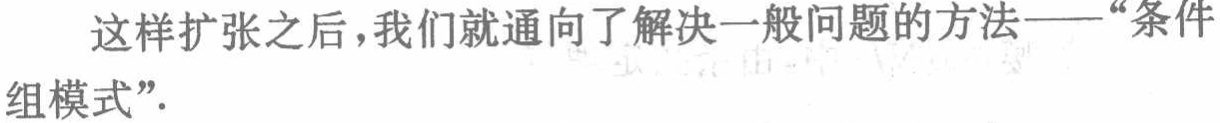
这样扩张之后，我们就通向了解决一般问题的方法——“条件

组模式”.